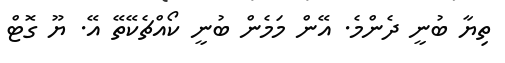
ތިޔާ ބުނީ ދެންމެ. އޭން މަމެން ބުނީ ކޯއްޗެކޭތޭ އޭ. ޔޫ ގޮޓް